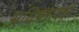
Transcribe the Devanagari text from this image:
अधिष्छादेवी